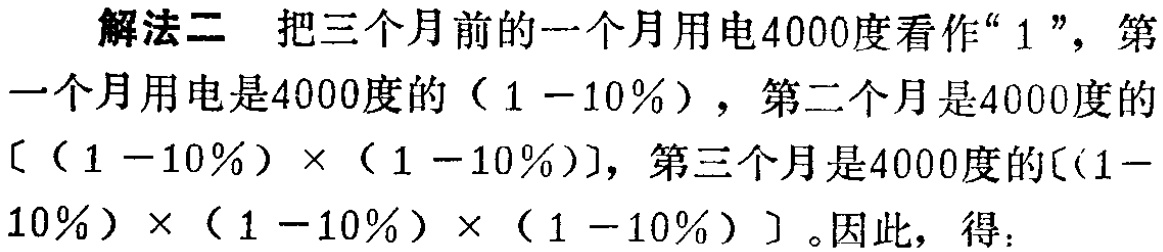
解法二 把三个月前的一个月用电4000度看作“$1$”，第一个月用电是4000度的$(1 - 10\%)$，第二个月是4000度的$[(1 - 10\%)\times(1 - 10\%)]$，第三个月是4000度的$[(1 - 10\%)\times(1 - 10\%)\times(1 - 10\%)]$。因此，得：